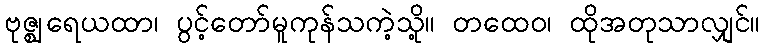
ဗုဇ္ဈရေယထာ၊ ပွင့်တော်မူကုန်သကဲ့သို့။ တထေဝ၊ ထိုအတုသာလျှင်။